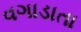
વગાડાતા